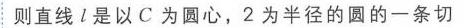
则直线\(l\)是以\(C\)为圆心，\(2\)为半径的圆的一条切